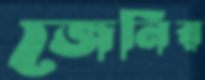
জেনির